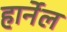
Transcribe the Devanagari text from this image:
हार्नेल